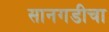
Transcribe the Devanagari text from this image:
सानगडीचा